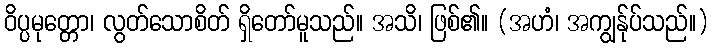
ဝိပ္ပမုတ္တော၊ လွတ်သောစိတ် ရှိတော်မူသည်။ အသိ၊ ဖြစ်၏။ (အဟံ၊ အကျွန်ုပ်သည်။)